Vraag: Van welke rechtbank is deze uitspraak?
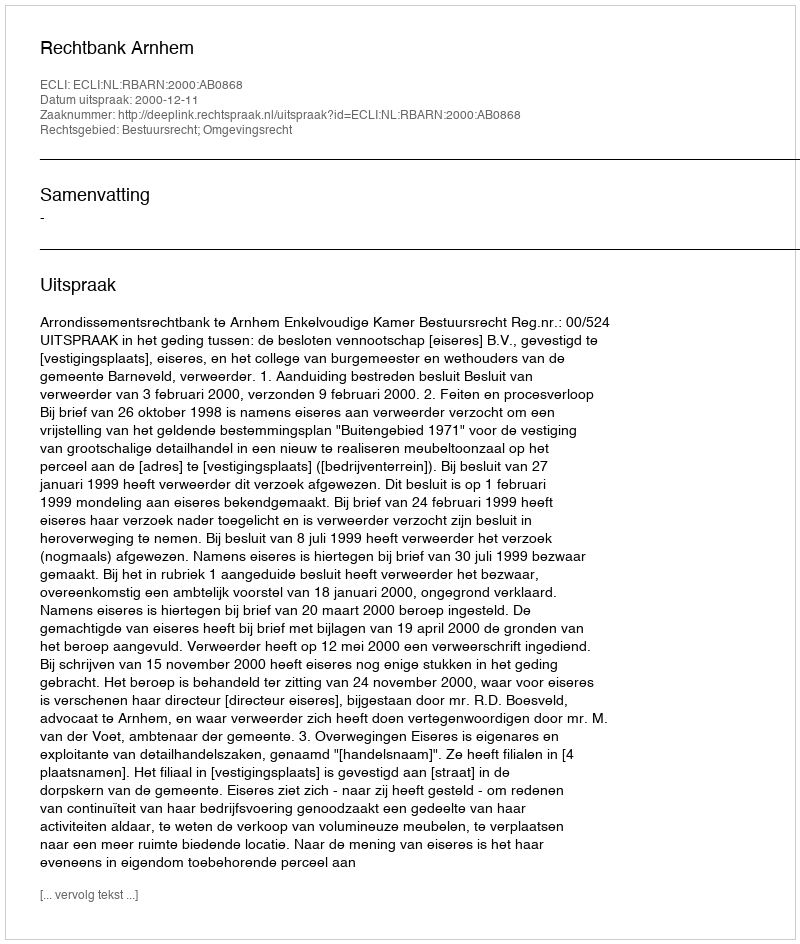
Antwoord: Rechtbank Arnhem